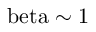
\mathrm { \ b e t a \sim 1 }